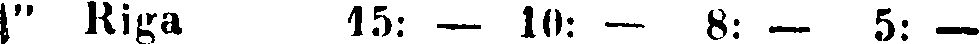
1" Riga 15: — 10: — 8: — 5: —